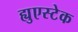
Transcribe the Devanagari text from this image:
ह्युएस्टेक